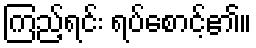
ကြည့်ရင်း ရပ်စောင့်၏။